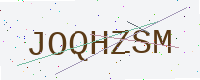
Text: JOQHZSM